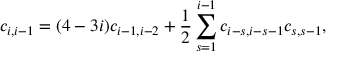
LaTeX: c _ { i , i - 1 } = ( 4 - 3 i ) c _ { i - 1 , i - 2 } + \frac { 1 } { 2 } \sum _ { s = 1 } ^ { i - 1 } c _ { i - s , i - s - 1 } c _ { s , s - 1 } ,